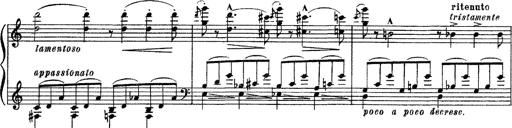
Title: Apparitions
Composer: Franz Liszt